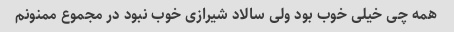
همه چی خیلی خوب بود ولی سالاد شیرازی خوب نبود در مجموع ممنونم